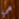
هي